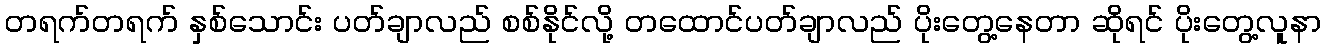
တရက်တရက် နှစ်သောင်း ပတ်ချာလည် စစ်နိုင်လို့ တထောင်ပတ်ချာလည် ပိုးတွေ့နေတာ ဆိုရင် ပိုးတွေ့လူနာ